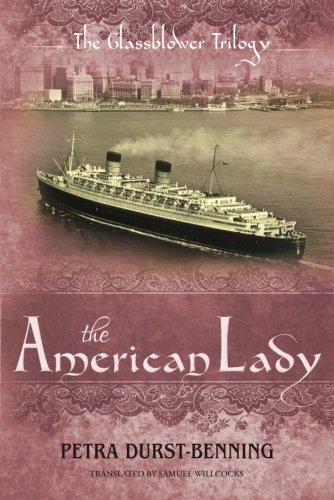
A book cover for The American Lady (The Glassblower Trilogy); Petra Durst-Benning; Romance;